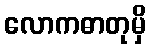
လောကဓာတုမှိ